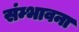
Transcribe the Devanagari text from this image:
संम्भावना